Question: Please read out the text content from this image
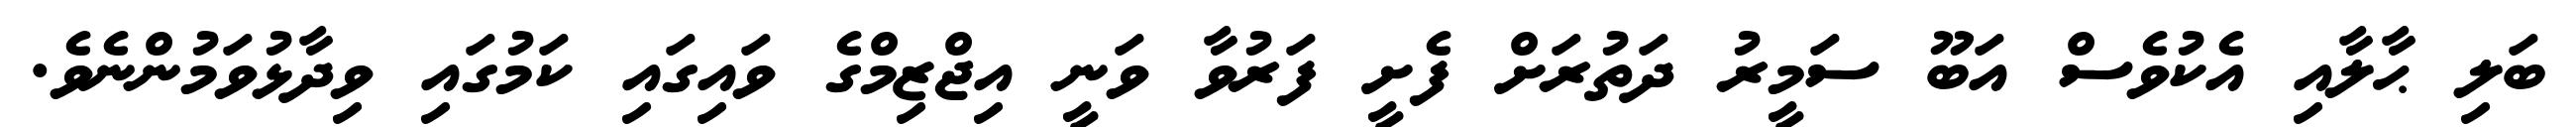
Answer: ބަލި ޙާލާއި އެކުވެސް އަބޫ ސަމީރު ދަތުރަށް ފެށީ ފަރުވާ ވަނީ އިޖްޒިމްގެ ވައިގައި ކަމުގައި ވިދާޅުވަމުންނެވެ.